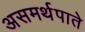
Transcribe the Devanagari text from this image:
असमर्थपाते